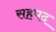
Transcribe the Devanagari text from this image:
सहपद